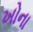
ખોના